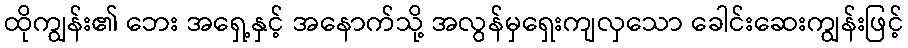
ထိုကျွန်း၏ ဘေး အရှေ့နှင့် အနောက်သို့ အလွန်မှရှေးကျလှသော ခေါင်းဆေးကျွန်းဖြင့်